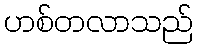
ဟစ်တလာသည်